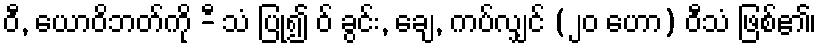
ဝီ, ယောဝိဘတ်ကို -ီ သံ ပြု၍ ဝ် ခွင်း, ချေ, ကပ်လျှင် (၂၀ ဟော) ဝီသံ ဖြစ်၏၊